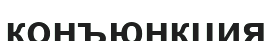
конъюнкция